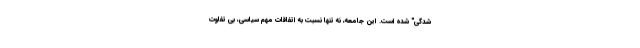
شدگی" شده است. این جامعه، نه تنها نسبت به اتفاقات مهم سیاسی، بی تفاوت